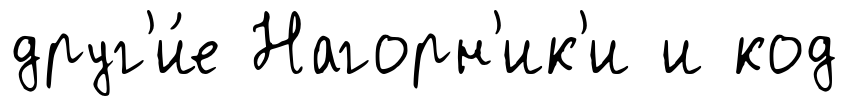
друг'и́е Нагорн'ик'и и код